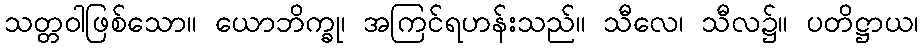
သတ္တဝါဖြစ်သော။ ယောဘိက္ခု၊ အကြင်ရဟန်းသည်။ သီလေ၊ သီလ၌။ ပတိဋ္ဌာယ၊